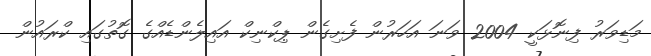
މަޑިވަރު ފިނޮޅަކީ 2004 ވަނަ އަހަރުން ފެށިގެން ޕިކްނިކް އައިލެންޑެއްގެ ގޮތުގައި ކްރައުން